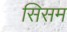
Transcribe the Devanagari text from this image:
सिसम